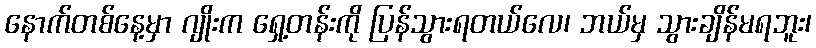
နောက်တစ်နေ့မှာ ဂျိုးက ရှေ့တန်းကို ပြန်သွားရတယ်လေ၊ ဘယ်မှ သွားချိန်မရဘူး၊